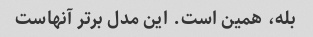
بله، همین است. این مدل برتر آنهاست